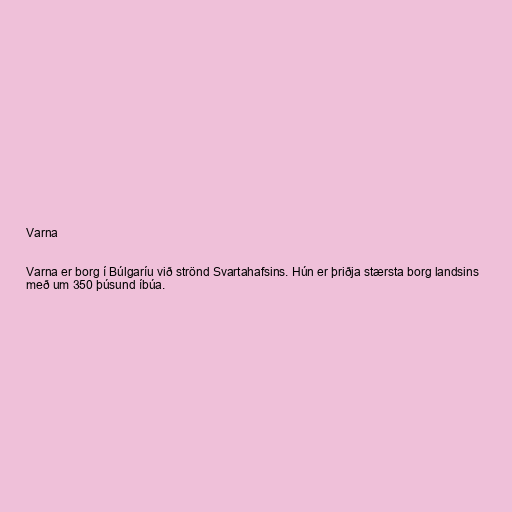
Varna

Varna er borg í Búlgaríu við strönd Svartahafsins. Hún er þriðja stærsta borg landsins
með um 350 þúsund íbúa.